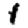
Digit: 1